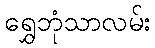
ရွှေဘုံသာလမ်း